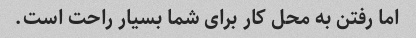
اما رفتن به محل کار برای شما بسیار راحت است.